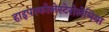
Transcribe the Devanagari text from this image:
हाइपरकोलेस्टेरोलेमिया